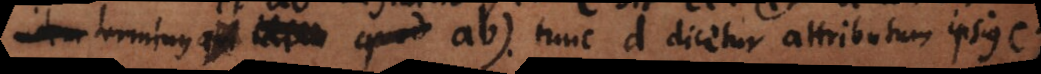
idem terminus qui ab), tunc d dicetur attributum ipsius